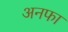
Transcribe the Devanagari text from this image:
अनफा